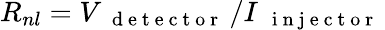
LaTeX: R_{nl}=V_{\mathrm{~\textrm~{~d~e~t~e~c~t~o~r~}~}}/I_{\mathrm{~\textrm~{~i~n~j~e~c~t~o~r~}~}}